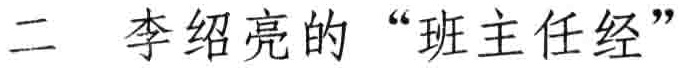
二 李绍亮的 “班主任经”